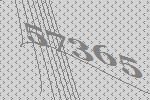
57365